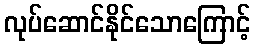
လုပ်ဆောင်နိုင်သောကြောင့်